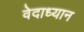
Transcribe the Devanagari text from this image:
वेदाध्यान